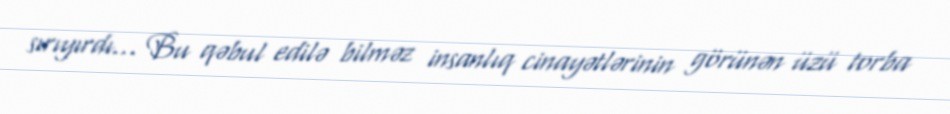
sırıyırdı… Bu qəbul edilə bilməz insanlıq cinayətlərinin görünən üzü torba